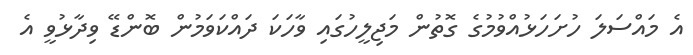
އެ މައްސަލަ ހުށަހަޅުއްވުމުގެ ގޮތުން މަޖިލީހުގައި ވާހަކަ ދައްކަވަމުން ބޮންޑޭ ވިދާޅުވީ އެ